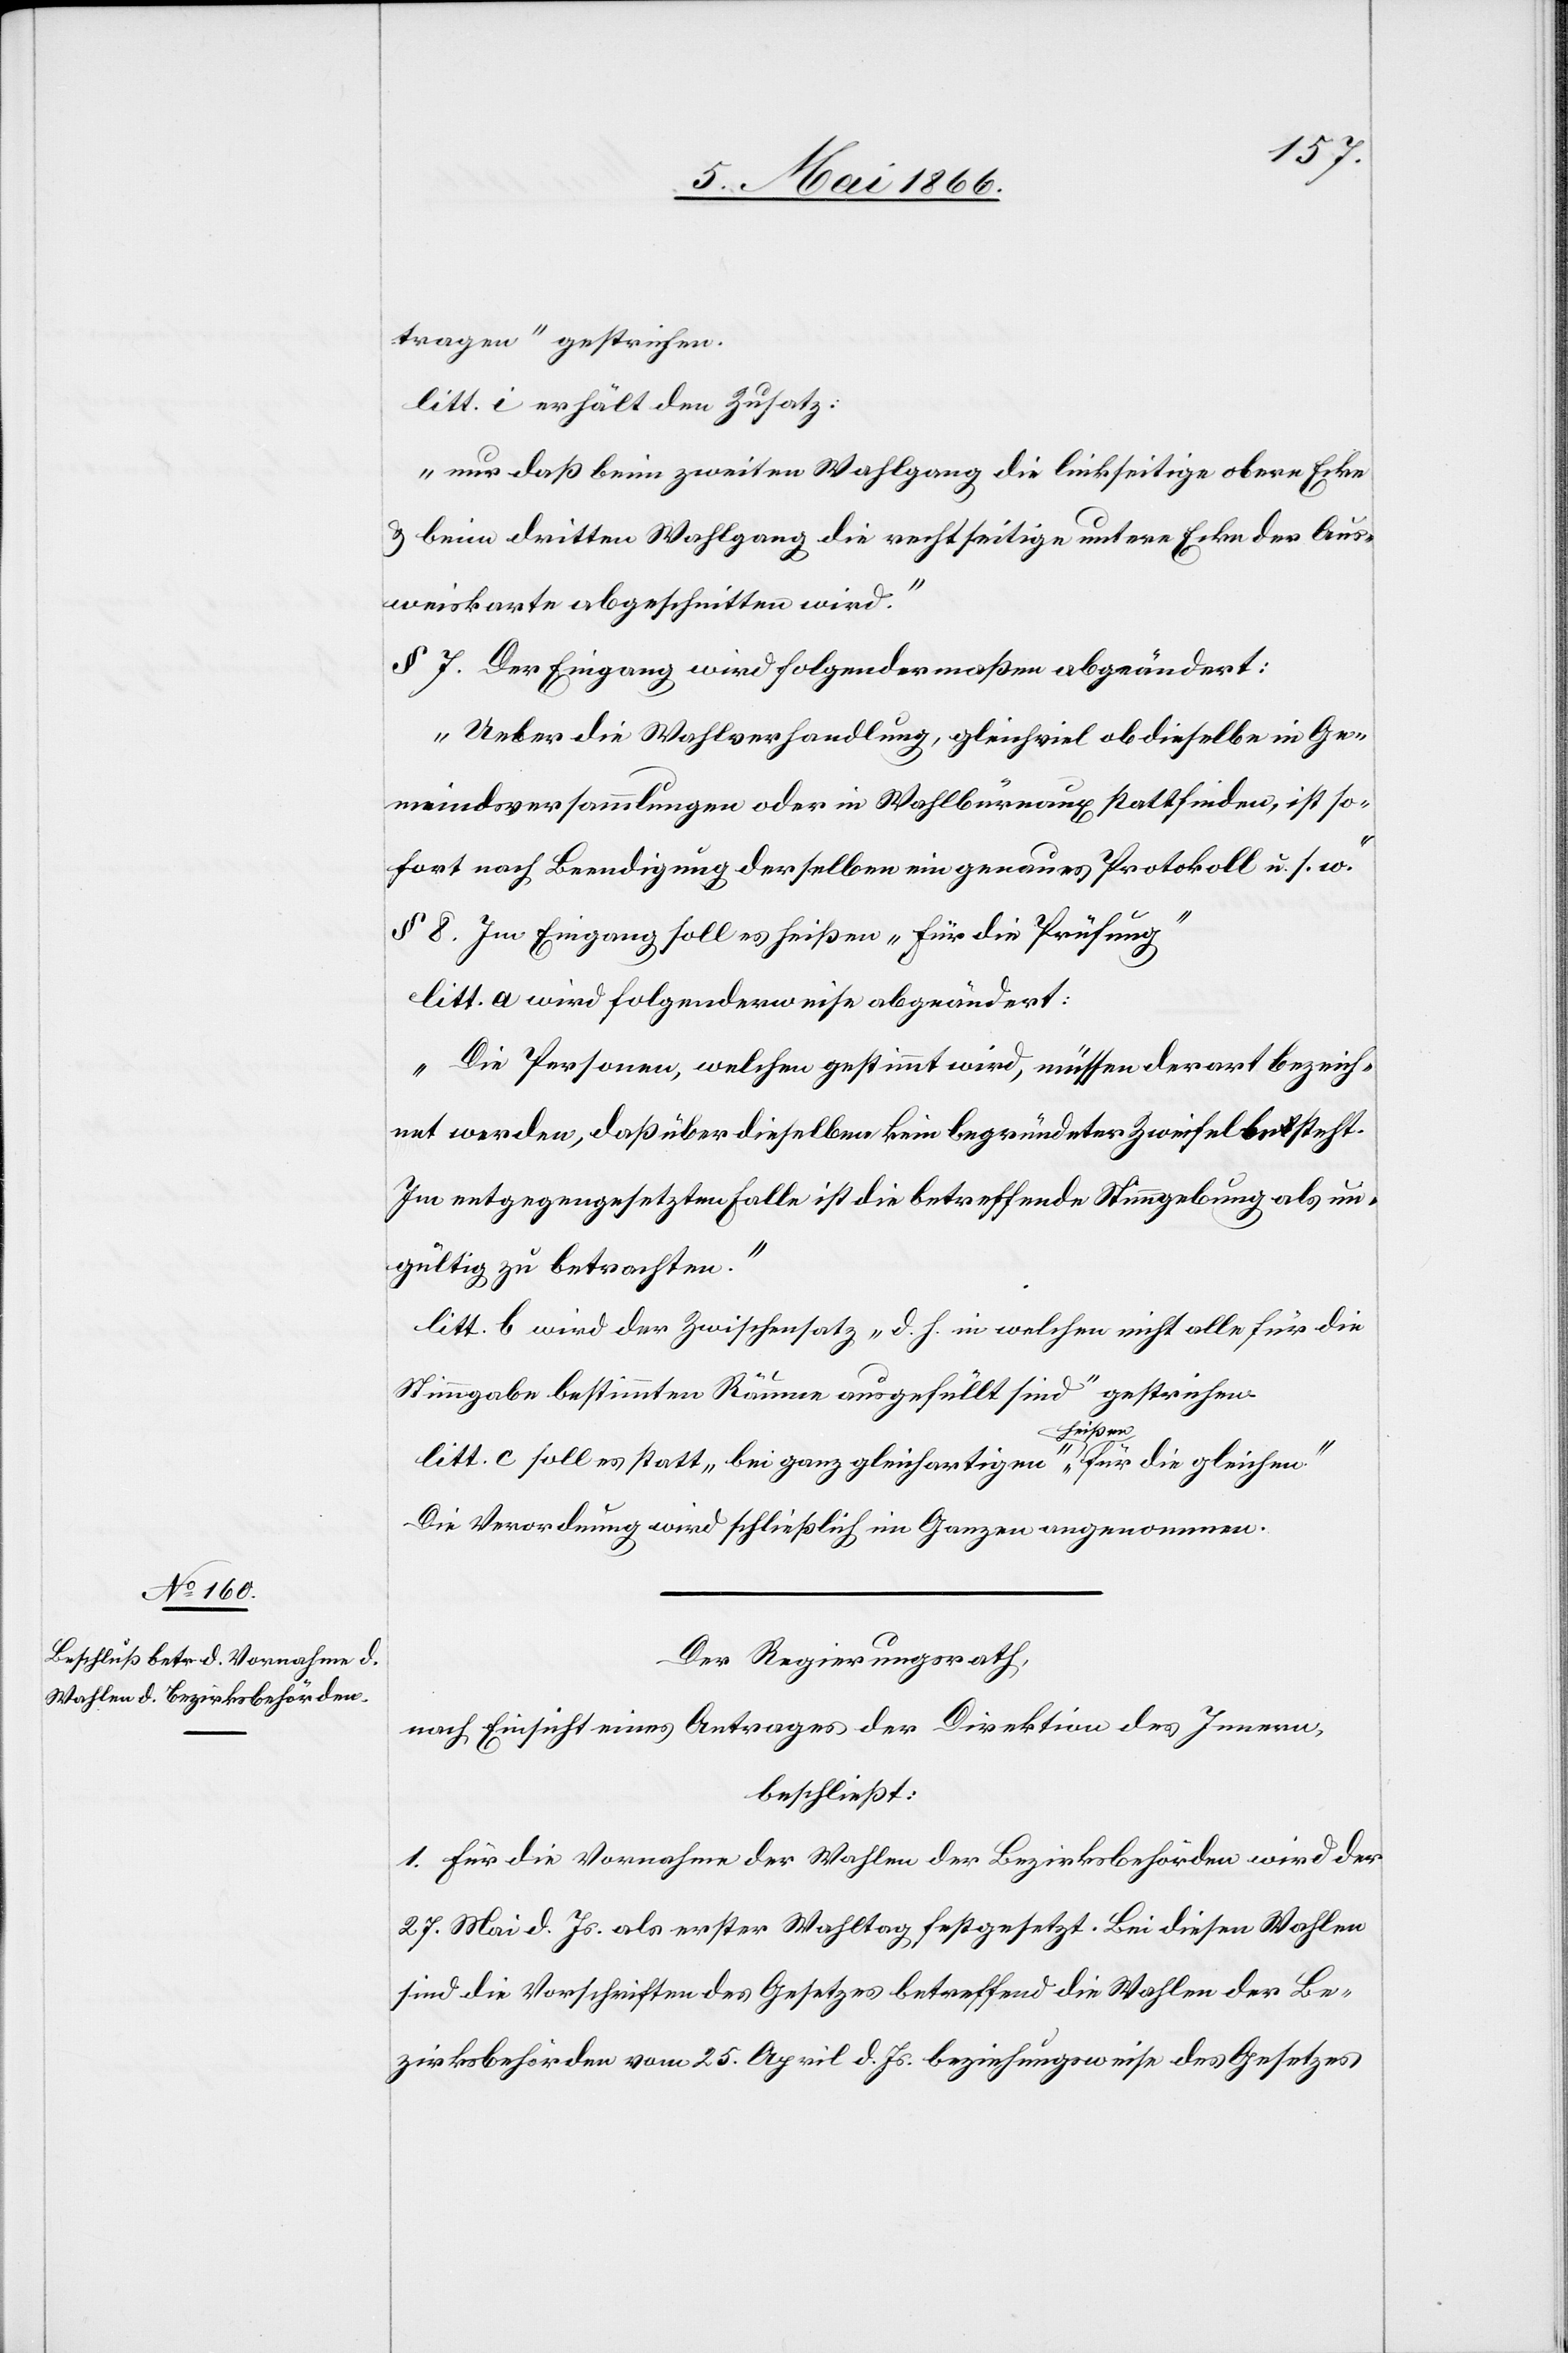
tragen“ gestrichen.
litt. i erhält den Zusatz:
„nur daß beim zweiten Wahlgang die linkseitige obere Ecke
u. beim dritten Wahlgang die rechtseitige untere Ecke der Aus¬
weiskarten abgeschnitten wird.“
§ 7. Der Eingang wird folgendermaßen abgeändert:
„Ueber die Wahlverhandlung, gleichviel ob dieselbe in Ge¬
meindsversammlungen oder in Wahlbureaux stattfinden, ist so¬
fort nach Beendigung derselben ein genaues Protokoll u. s. w.“
§ 8 Im Eingang soll es heißen „für die Prüfung“
litt a wird folgenderweise abgeändert:
„Die Personen, welchen gestimmt wird, müssen derart bezeich¬
net werden, daß über dieselben kein begründeter Zweifel besteht.
Im entgegengesetzten Falle ist die betreffende Stimmgebung als un¬
gültig zu betrachten.“
litt. b wird der Zwischensatz „d. h. in welchen nicht alle für die
Stimmgabe bestimmten Raume ausgefüllt sind“ gestrichen.
litt. c soll es statt „bei ganz gleichartiger“ heißen „für die gleichen“
Die Verordnung wird schließlich im Ganzen angenommen.
Der Regierungsrath,
nach Einsicht eines Antrages der Direktion des Innern,
beschließt:
1. Für die Vornahme der Wahlen der Bezirksbehörden wird der
27. Mai d. Js. als erster Wahltag festgesetzt. Bei diesen Wahlen
sind die Vorschriften des Gesetzes betreffend die Wahlen der Be¬
zirksbehörden vom 25. April d. Js. beziehungsweise des Gesetzes